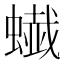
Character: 𧐦